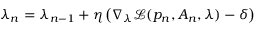
\lambda _ { n } = \lambda _ { n - 1 } + \eta \left( \nabla _ { \lambda } \mathcal { L } ( p _ { n } , A _ { n } , \lambda ) - \delta \right)